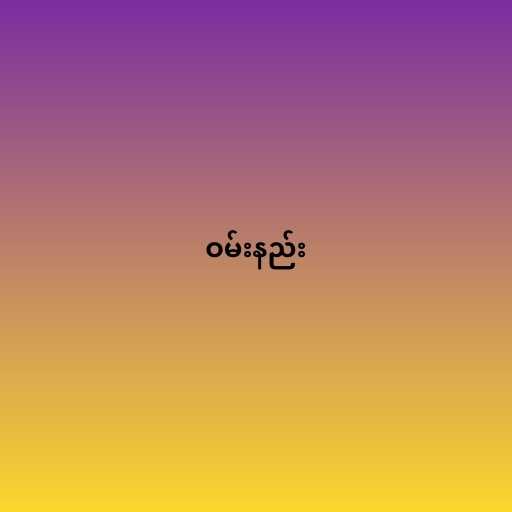
ဝမ်းနည်း